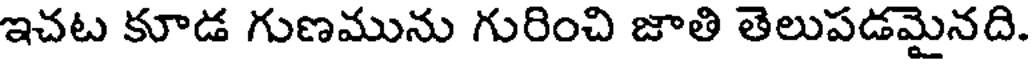
ఇచట కూడ గుణమును గురించి జాతి తెలుపడమైనది.